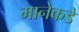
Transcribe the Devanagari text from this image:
मानेकडे